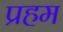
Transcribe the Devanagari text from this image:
प्रहम